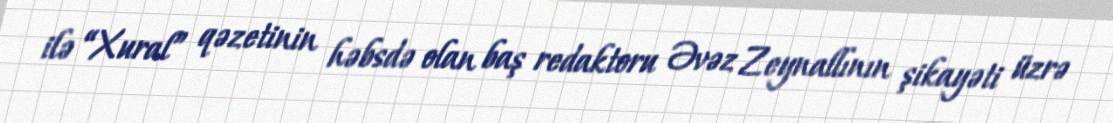
ilə “Xural” qəzetinin həbsdə olan baş redaktoru Əvəz Zeynallının şikayəti üzrə